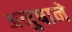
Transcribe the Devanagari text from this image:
अनुषाने